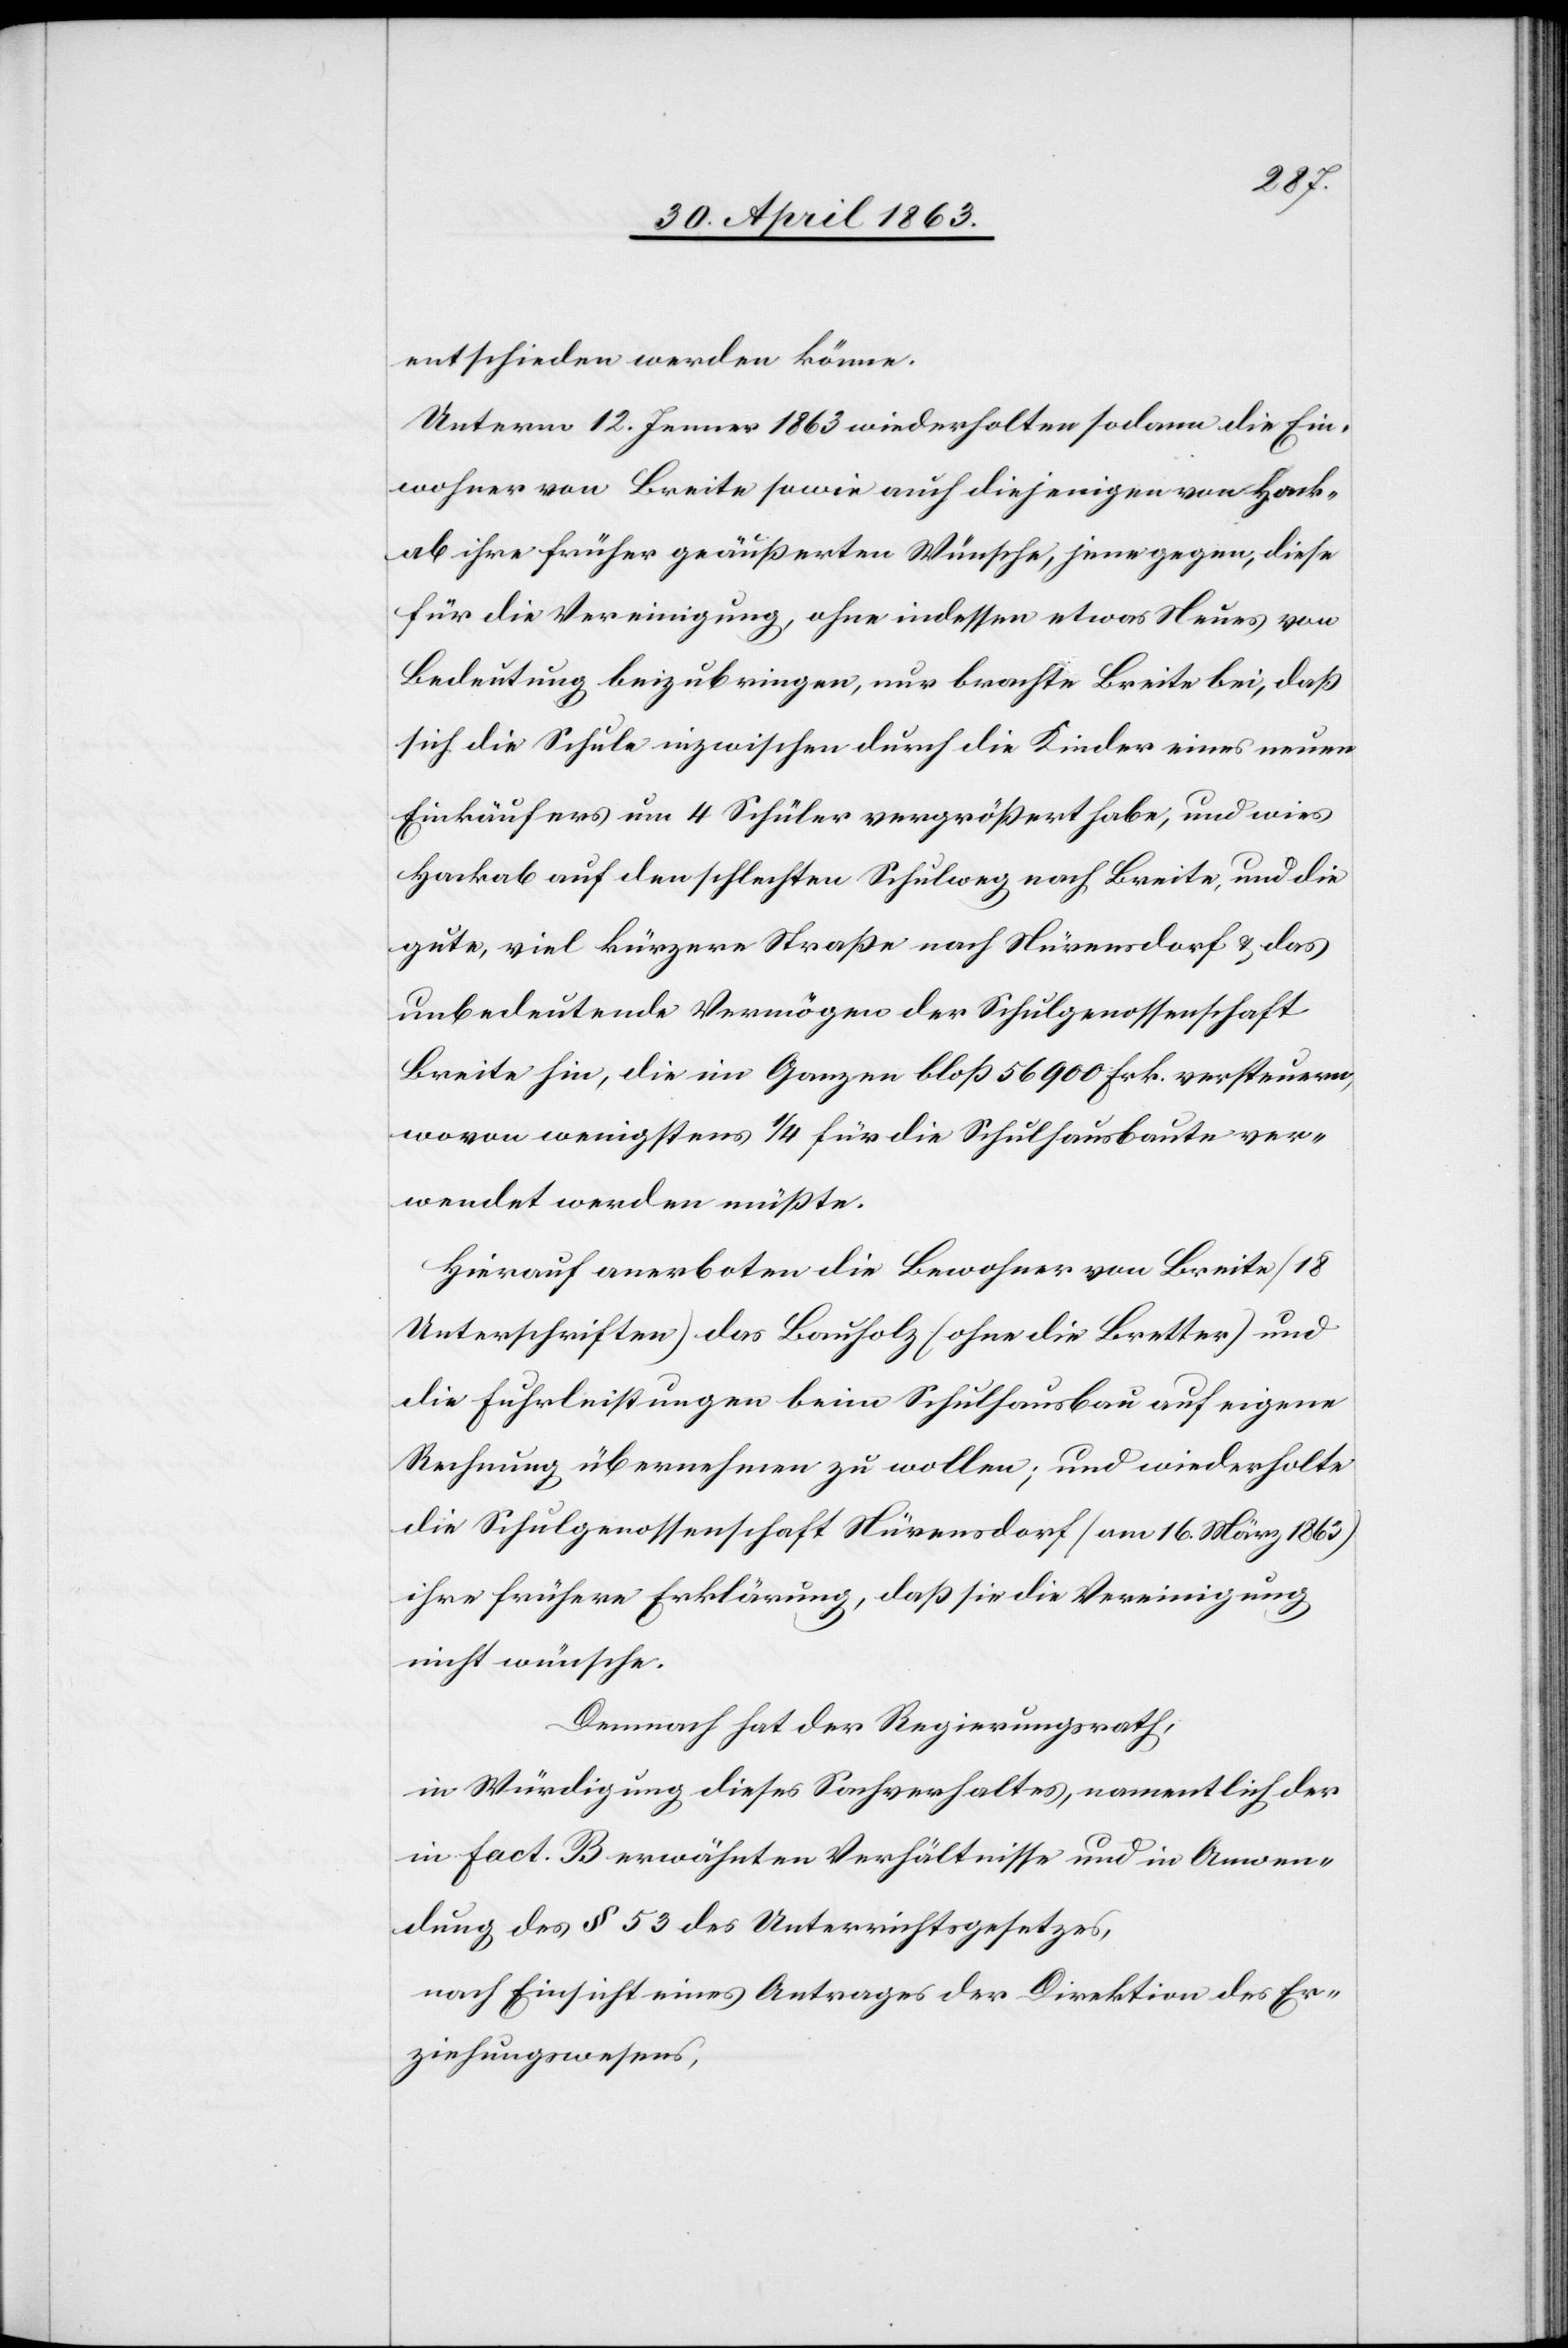
entschieden werden könne.
Unterm 12. Jenner 1863 wiederholten sodann die Ein¬
wohner von Breite sowie auch diejenigen von Hack¬
ab ihre früher geäußerten Wünsche jene gegen, diese
für die Vereinigung, ohne indessen etwas Neues von
Bedeutung beizubringen, nur brachte Breite bei, daß
sich die Schule inzwischen durch die Kinder eines neuen
Einkäufers um 4 Schüler vergrößert habe, und wies
Hackab auf den schlechten Schulweg nach Breite, und die
gute, viel kürzere Straße nach Nürensdorf & das
unbedeutende Vermögen der Schulgenossenschaft
Breite hin, die im Ganzen bloß 56 900 Frk. versteuern,
wovon wenigstens 1/4 für die Schulhausbaute ver¬
wendet werden müßte.
Hierauf anerboten die Bewohner von Breite (18
Unterschriften) das Bauholz (ohne die Bretter) und
die Fuhrleistungen beim Schulhausbau auf eigene
Rechnung übernehmen zu wollen; und wiederholte
die Schulgenossenschaft Nürensdorf (am 16. März 1863)
ihre frühere Erklärung, daß sie die Vereinigung
nicht wünsche.
Demnach hat der Regierungsrath,
in Würdigung dieses Sachverhaltes, namentlich der
in Fact. B erwähnten Verhältnisse und die in Anwen¬
dung des § 53 des Unterrichtsgesetzes,
nach Einsicht eines Antrages der Direktion des Er¬
ziehungswesens,